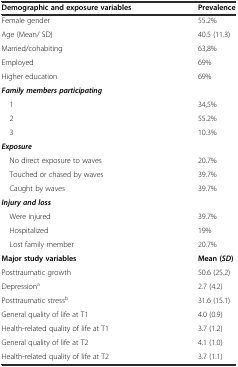
<table><thead><tr><td><b>Demographic and exposure variables</b></td><td><b>Prevalence</b></td></tr></thead><tbody><tr><td>Female gender</td><td>55.2%</td></tr><tr><td>Age (Mean/ SD)</td><td>40.5 (11.3)</td></tr><tr><td>Married/cohabiting</td><td>63,8%</td></tr><tr><td>Employed</td><td>69%</td></tr><tr><td>Higher education</td><td>69%</td></tr><tr><td><b><i>Family members participating</i></b></td><td></td></tr><tr><td> 1</td><td>34,5%</td></tr><tr><td> 2</td><td>55.2%</td></tr><tr><td> 3</td><td>10.3%</td></tr><tr><td><b><i>Exposure</i></b></td><td></td></tr><tr><td> No direct exposure to waves</td><td>20.7%</td></tr><tr><td> Touched or chased by waves</td><td>39.7%</td></tr><tr><td> Caught by waves</td><td>39.7%</td></tr><tr><td><b><i>Injury and loss</i></b></td><td></td></tr><tr><td> Were injured</td><td>39.7%</td></tr><tr><td> Hospitalized</td><td>19%</td></tr><tr><td> Lost family member</td><td>20.7%</td></tr><tr><td><b>Major study variables</b></td><td><b>Mean (</b><b><i>SD</i></b><b>)</b></td></tr><tr><td>Posttraumatic growth</td><td>50.6 (25.2)</td></tr><tr><td>Depression<sup>a</sup></td><td>2.7 (4.2)</td></tr><tr><td>Posttraumatic stress<sup>b</sup></td><td>31.6 (15.1)</td></tr><tr><td>General quality of life at T1</td><td>4.0 (0.9)</td></tr><tr><td>Health-related quality of life at T1</td><td>3.7 (1.2)</td></tr><tr><td>General quality of life at T2</td><td>4.1 (1.0)</td></tr><tr><td>Health-related quality of life at T2</td><td>3.7 (1.1)</td></tr></tbody></table>